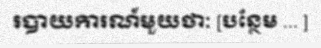
របាយការណ៍មួយថាៈ [បន្ថែម ... ]